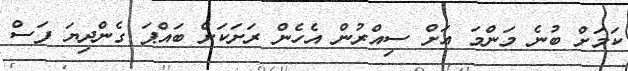
ކަމަށް ބުނެ މަންމަ އަށް ސިއްރުން އެހެން ރަށަކަށް ބައްޕަ ގެންދިޔަ ފަސް